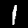
Label: 1